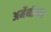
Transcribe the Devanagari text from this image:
अर्मेनीयन